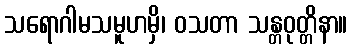
သရောဂါမသမူဟမှိ၊ ဝသတာ သန္တဝုတ္တိနာ။